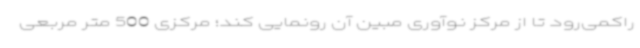
راکمی‌رود تا از مرکز نوآوری مبین آن رونمایی کند؛ مرکزی 500 متر مربعی